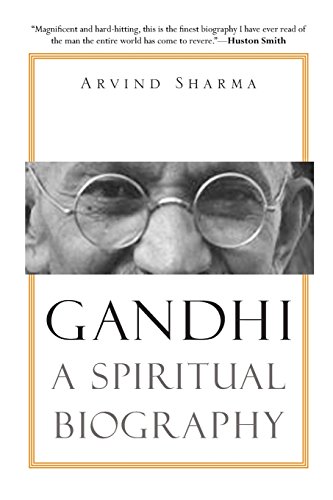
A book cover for Gandhi: A Spiritual Biography; Arvind Sharma; Religion & Spirituality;